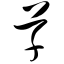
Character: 草